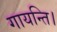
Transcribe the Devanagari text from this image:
गायन्ति।